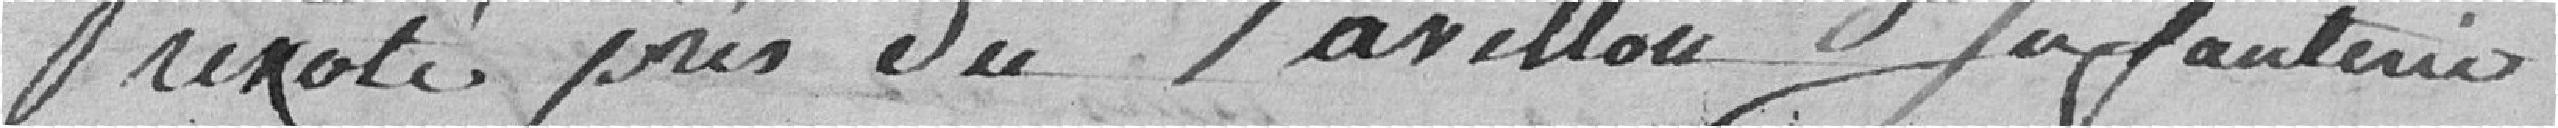
?? près du pavillon infanterie.